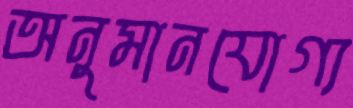
অনুমানযোগ্য